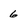
Character: 6